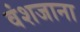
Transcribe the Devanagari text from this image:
वंशजाना